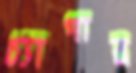
চ্যাগার